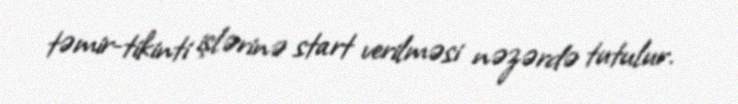
təmir-tikinti işlərinə start verilməsi nəzərdə tutulur.